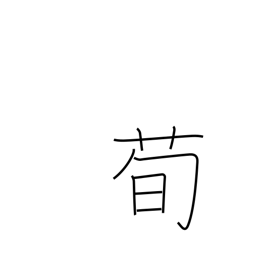
Meaning: type of plant